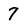
Character: 7